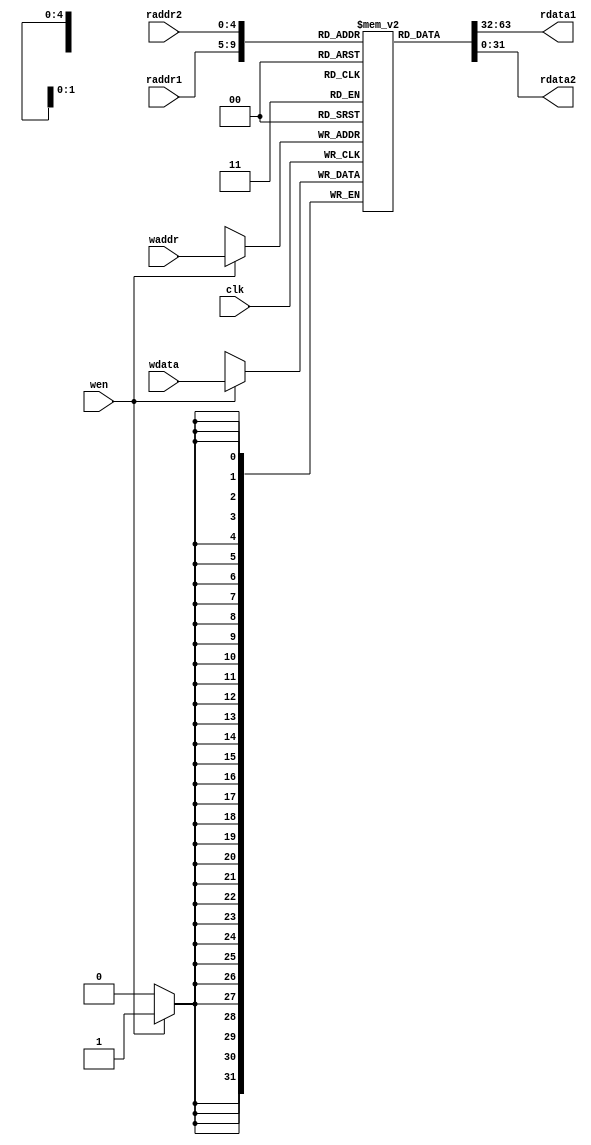
`timescale 1ns / 1ps

module regfile(
    input       clk,        // 
    input       wen,        // 
    input   [4:0] raddr1,  // 1
    input   [4:0] raddr2,  // 2
    input   [4:0] waddr,   // 
    input   [31:0] wdata,  // 
    output reg [31:0] rdata1, // 1
    output reg [31:0] rdata2  // 2
    );
    
    integer i = 0;
    reg [31:0] REG_Files[31:0]; // 3232

    // 0
    initial begin
        for (i = 0; i < 32; i = i + 1)
            REG_Files[i] <= 0;
    end
        
    // 1
    always @ (posedge clk) begin
        if (wen == 1)
            REG_Files[waddr] <= wdata;
    end
            
    // 
    always @ (*) begin
        rdata1 = REG_Files[raddr1];
        rdata2 = REG_Files[raddr2];
    end
endmodule